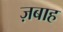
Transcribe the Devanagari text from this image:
ज़बाह